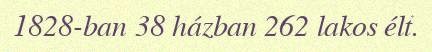
1828-ban 38 házban 262 lakos élt.